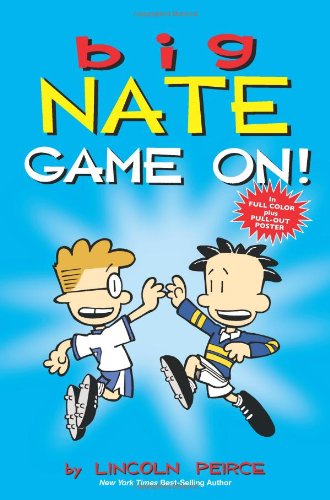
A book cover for Big Nate: Game On!; Lincoln Peirce; Children's Books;